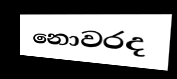
නොවරද